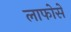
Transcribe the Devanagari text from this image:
लाफोसे